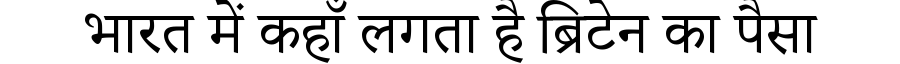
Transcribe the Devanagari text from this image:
भारत में कहाँ लगता है ब्रिटेन का पैसा